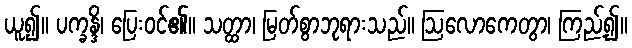
ယူ၍။ ပက္ခန္ဒိ၊ ပြေးဝင်၏။ သတ္ထာ၊ မြတ်စွာဘုရားသည်။ ဩလောကေတွာ၊ ကြည့်၍။